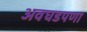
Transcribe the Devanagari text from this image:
अवघडपणा